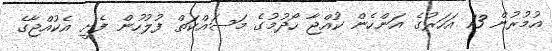
އުމުރުން 13 އަހަރުގެ އަންހެން ކުއްޖާ ހޯދުމުގެ މަސައްކަތް ފުލުހުން ފެށީ އެކުއްޖާގެ